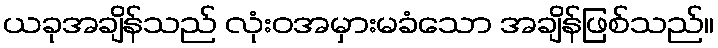
ယခုအချိန်သည် လုံးဝအမှားမခံသော အချိန်ဖြစ်သည်။